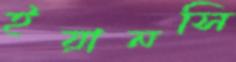
ইয়ানসি